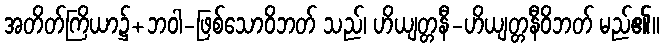
အတိတ်ကြိယာ၌+ဘဝါ-ဖြစ်သောဝိဘတ် သည်၊ ဟိယျတ္တနီ-ဟိယျတ္တနီဝိဘတ် မည်၏။